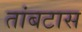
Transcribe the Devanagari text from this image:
तांबटास